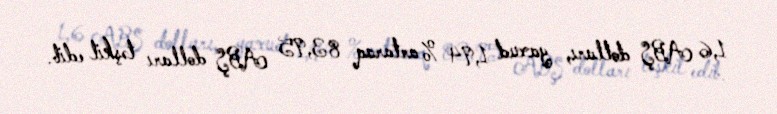
1,6 ABŞ dolları, yaxud 1,94 % artaraq 83,95 ABŞ dolları təşkil edib.